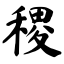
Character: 稷